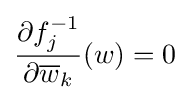
{\frac {\partial f_{j}^{-1}}{\partial {\overline {w}}_{k}}}(w)=0